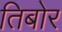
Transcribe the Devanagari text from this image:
तिबोर